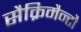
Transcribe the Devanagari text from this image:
सैक्रिमैन्टौ